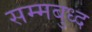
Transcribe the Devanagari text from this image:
सम्मबुध्द